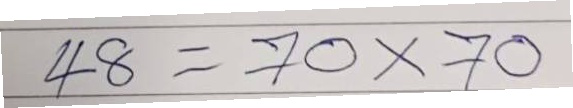
48 = 70x70